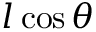
l \cos \theta